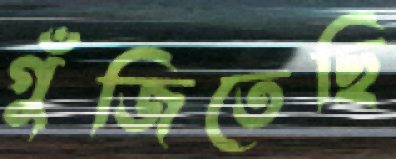
গুঁজিতেছি